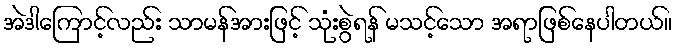
အဲဒါကြောင့်လည်း သာမန်အားဖြင့် သုံးစွဲရန် မသင့်သော အရာဖြစ်နေပါတယ်။